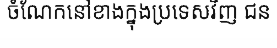
ចំណែកនៅខាងក្នុងប្រទេសវិញ ជន